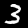
Label: 3